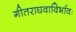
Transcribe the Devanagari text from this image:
गीतराघवाविर्भावः